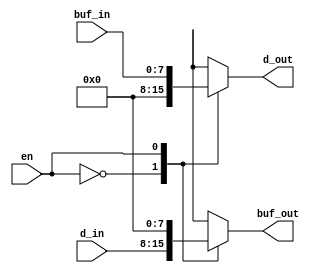
module bi_buf(
	input en,
	input [7:0] buf_in,
	input [7:0] d_in,
	output reg [7:0] d_out,
	output reg [7:0] buf_out
	);

always@(en,d_in,buf_in) begin
	buf_out  = 8'b0;
	d_out    = 8'b0;
	case(en)
		1'b0 : buf_out = d_in  ;
		1'b1 : d_out   = buf_in;
	endcase
end

endmodule